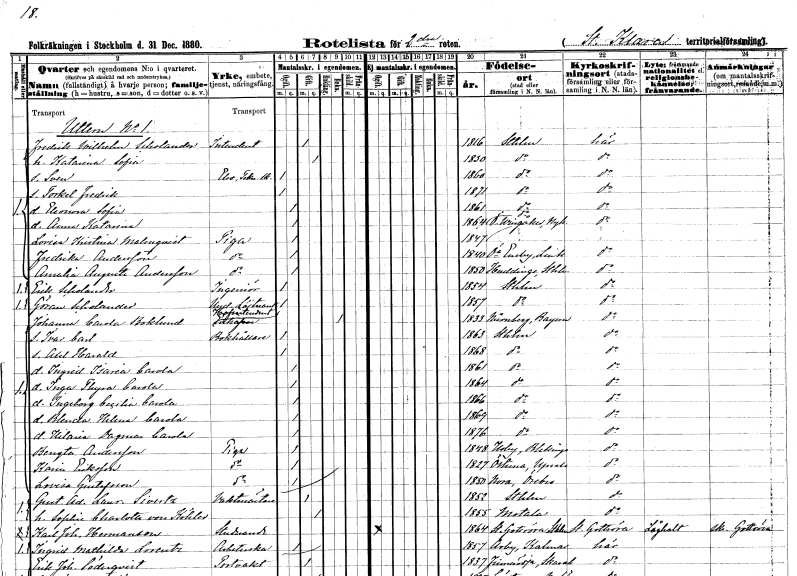
gt_parse: households: individuals: FN: Fredrik Wilhelm
EN: Scholander
YRKE: Intendent
KON: M
CIV: G
FODAR: 1816
FODFORS: Stockholm
FN: Katarina Sofia
KON: K
CIV: G
FODAR: 1830
FODFORS: Stockholm
FN: Sven
YRKE: Elev vid Teknisk skola
KON: M
CIV: O
FODAR: 1860
FODFORS: Stockholm
FN: Torkel Fredrik
KON: M
CIV: O
FODAR: 1871
FODFORS: Stockholm
FN: Eleonora Sofia
KON: K
CIV: O
FODAR: 1861
FODFORS: Stockholm
FN: Anna Katarina
KON: K
CIV: O
FODAR: 1864
FODFORS: Östra Vingåker Södermanlands län
FN: Lovisa Kristina
EN: Malmqvist
YRKE: Piga
KON: K
CIV: O
FODAR: 1847
FN: Fredrika
EN: Andersson
YRKE: Piga
KON: K
CIV: O
FODAR: 1840
FODFORS: Östra Eneby Östergötlands län
FN: Amalia Augusta
EN: Andersson
YRKE: Piga
KON: K
CIV: O
FODAR: 1850
FODFORS: Huddinge Stockholms län
FN: Erik
EN: Scholander
YRKE: Ingenjör
KON: M
CIV: O
FODAR: 1854
FODFORS: Stockholm
FN: Göran
EN: Scholander
YRKE: Underlöjtnant
KON: M
CIV: O
FODAR: 1857
FODFORS: Stockholm
FN: Johanna Carola
EN: Boklund
YRKE: Hovintendentsänka
KON: K
CIV: E
FODAR: 1833
FN: Ivar Carl
YRKE: Bokhållare
KON: M
CIV: O
FODAR: 1863
FODFORS: Stockholm
FN: Axel Harald
KON: M
CIV: O
FODAR: 1868
FODFORS: Stockholm
FN: Ingrid Isaria Carola
KON: K
CIV: O
FODAR: 1861
FODFORS: Stockholm
FN: Inga Thyra Carola
KON: K
CIV: O
FODAR: 1864
FODFORS: Stockholm
FN: Ingeborg Cecilia Carola
KON: K
CIV: O
FODAR: 1866
FODFORS: Stockholm
FN: Blenda Helena Carola
KON: K
CIV: O
FODAR: 1869
FODFORS: Stockholm
FN: Hilaria Dagmar Carola
KON: K
CIV: O
FODAR: 1876
FODFORS: Stockholm
FN: Bengta
EN: Andersson
YRKE: Piga
KON: K
CIV: O
FODAR: 1848
FODFORS: Hoby Blekinge län
FN: Karin
EN: Eriksson
YRKE: Piga
KON: K
CIV: O
FODAR: 1827
FODFORS: Östuna Uppsala län
FN: Lovisa
EN: Gustafsson
YRKE: Piga
KON: K
CIV: O
FODAR: 1850
FODFORS: Nora Örebro län
FN: Gustaf Adolf Laurentius
EN: Sivertz
YRKE: Vaktmästare
KON: M
CIV: G
FODAR: 1852
FODFORS: Stockholm
FN: Sophie Charlotta
EN: von Köhler
KON: K
CIV: G
FODAR: 1855
FODFORS: Motala Östergötlands län
FN: Karl Johan
EN: Hermanson
YRKE: Studerande
KON: M
CIV: O
FODAR: 1864
FODFORS: Gottröra Stockholms län
FN: Ingrid Mathilda
EN: Lorentz
YRKE: Arbeterska
KON: K
CIV: O
FODAR: 1857
FODFORS: Arby Kalmar län